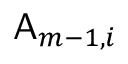
\mathsf { A } _ { m - 1 , i }